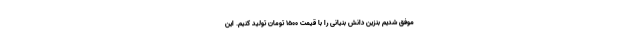
موفق شدیم بنزین دانش بنیانی را با قیمت ۱۵۰۰ تومان تولید کنیم. این